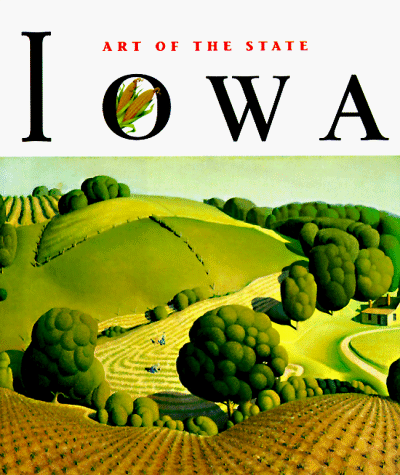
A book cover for Art of the State: Iowa; Diana Landau; Travel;